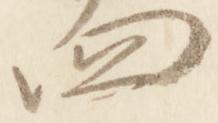
四